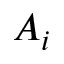
A _ { i }